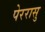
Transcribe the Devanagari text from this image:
पेररासु